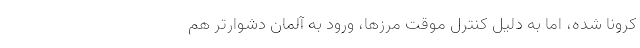
کرونا شده، اما به دلیل کنترل موقت مرزها، ورود به آلمان دشوارتر هم